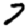
Digit: 7